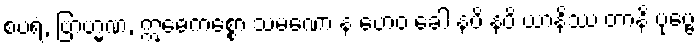
စပရံ, ဗြာဟ္မဏ, ဣဓေကစ္စော သမဏော န ဟေဝ ခေါ နပိ နပိ ယာနိဿ တာနိ ပုဗ္ဗေ